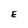
Character: E